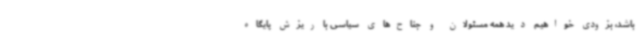
باشد، بزودی خواهیم دید همه مسئولان و جناح‌های سیاسی با ریزش پایگاه